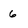
Character: 6